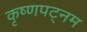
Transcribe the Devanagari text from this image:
कृष्णपट्नम